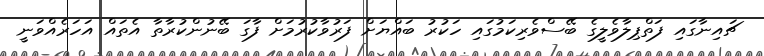
ޗައިނާގައި ފަތްޕިލާވެލީގެ ބޭސްވެރިކަމުގައި ހަކުރު ބައްޔަށް ފަރުވާކުރުމަށް ފާގަ ބޭނުންކުރާތާ އެތައް އަހަރެއްވަނީ